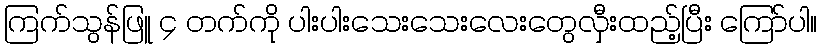
ကြက်သွန်ဖြူ ၄ တက်ကို ပါးပါးသေးသေးလေးတွေလှီးထည့်ပြီး ကြော်ပါ။